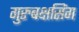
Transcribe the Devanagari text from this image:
गुरुबक्षसिंग